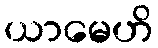
ယာမေဟိ